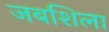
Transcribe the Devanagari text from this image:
जबशिला